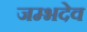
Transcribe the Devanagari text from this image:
जम्भदेव